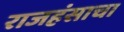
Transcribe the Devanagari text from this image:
राजहंसाचा